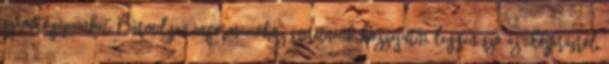
számítógépeinket. Bármilyen információhoz szeretnénk hozzájutni, legyen szó az időjárásról,